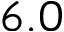
6 . 0